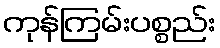
ကုန်ကြမ်းပစ္စည်း